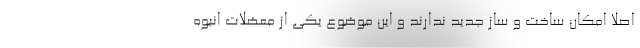
اصلا امکان ساخت و ساز جدید ندارند و این موضوع یکی از معضلات انبوه